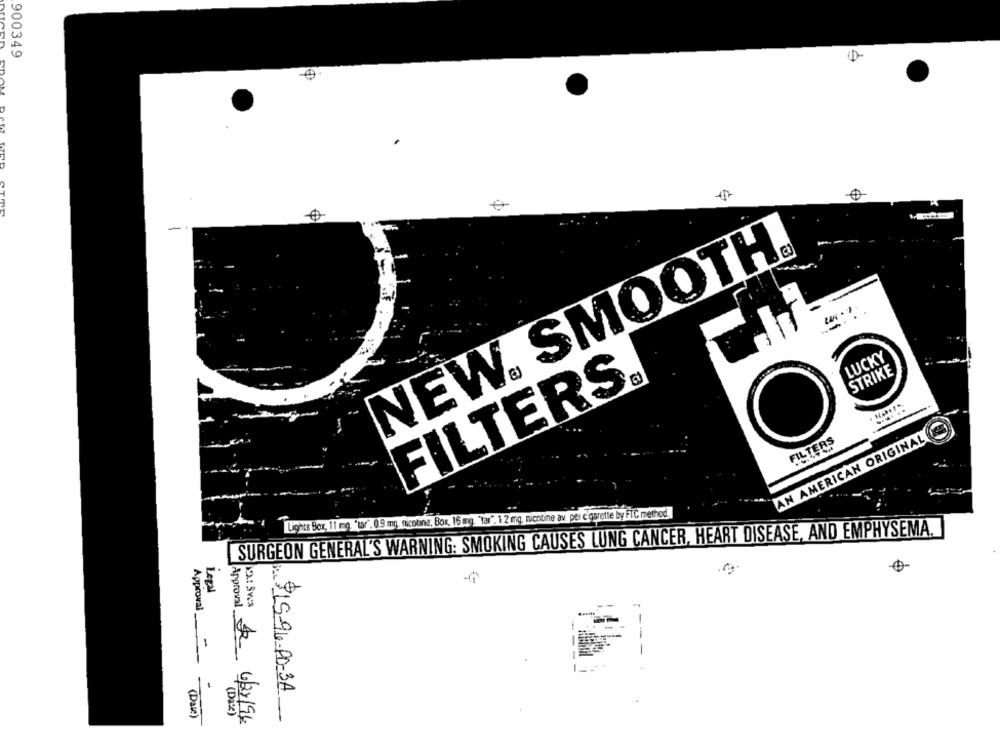
900349
NEW. SMOOTH®
LUCKY
STRIKE
FILTERS
AN AMERICAN ORIGINAL
FILTERS
Lights Box, 11 mg. "tar". 0.9 mg, nicotine; Box, 16 mg. "tar". 1.2 mg, nicotine av. per cigarette by FTC method.
SURGEON GENERAL'S WARNING: SMOKING CAUSES LUNG CANCER, HEART DISEASE, AND EMPHYSEMA.
Legal
Approval_
Approval_
-
-
$15-96-00-3A
(Das)
(Date)
1 6/27/96